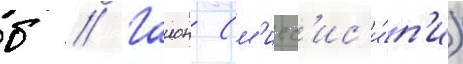
б // Гаион (м'исс'ис'и́п'и)